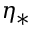
\eta _ { * }